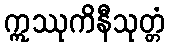
ဣဿုကိနီသုတ္တံ